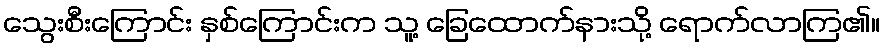
သွေးစီးကြောင်း နှစ်ကြောင်းက သူ့ ခြေထောက်နားသို့ ရောက်လာကြ၏။